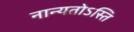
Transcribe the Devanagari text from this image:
नान्यतोऽस्ति